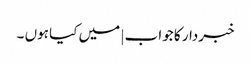
خبردار کا جواب | میں کیا ہوں ۔